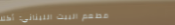
مطعم البيت اللبناني: أكلا